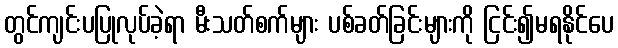
တွင်ကျင်းပပြုလုပ်ခဲ့ရာ မီးသတ်စက်များ ပစ်ခတ်ခြင်းများကို ငြင်း၍မရနိုင်ပေ